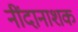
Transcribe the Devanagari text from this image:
नींदानाशक